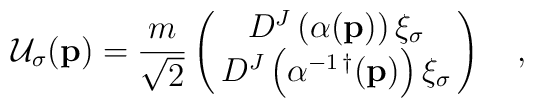
{\cal U}_\sigma ({\bf p})= {m\over \sqrt{2}} \left(\matrix{ D^J \left (\alpha({\bf p})\right )\xi_\sigma\cr D^J \left(\alpha^{-1\,\dagger}({\bf p})\right )\xi_\sigma\cr }\right )\quad,